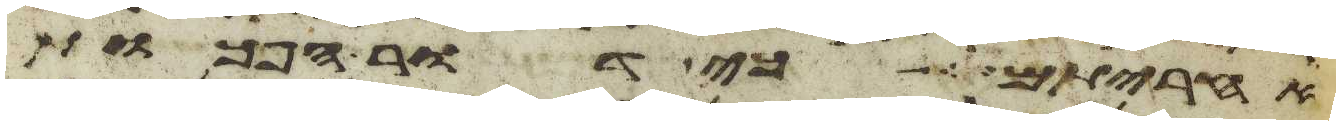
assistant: אחריתם כי דור הפכות